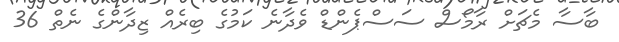
ބާސާ މެޗަށް ރާމޯސް ސަސްޕެންޑް ވެދާނެ ކަމުގެ ބިރެއް ޒިދާންގެ ނެތް 36